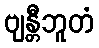
ဗျန္တီဘူတံ